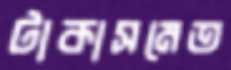
টাকাসমেত